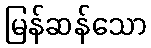
မြန်ဆန်သော